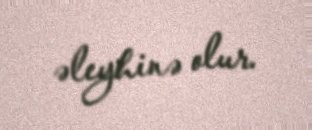
əleyhinə olur.